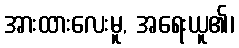
အားထားလေးမူ, အရေးယူ၏၊